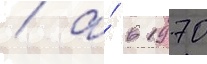
/ а́ в 1970